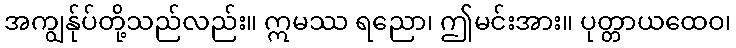
အကျွန်ုပ်တို့သည်လည်း။ ဣမဿ ရညော၊ ဤမင်းအား။ ပုတ္တာယထေဝ၊